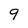
Character: 9